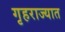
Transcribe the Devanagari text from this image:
गृहराज्यात